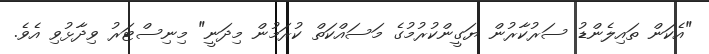
"އެކަން ތައިލެންޑު ސަރުކާރުން ޔަގީންކުރުމުގެ މަސައްކަތް ކުރަމުން މިދަނީ" މިނިސްޓަރު ވިދާޅުވި އެވެ.